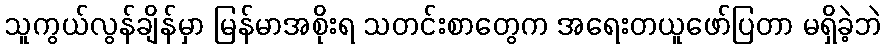
သူကွယ်လွန်ချိန်မှာ မြန်မာအစိုးရ သတင်းစာတွေက အရေးတယူဖော်ပြတာ မရှိခဲ့ဘဲ